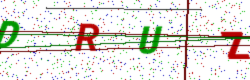
Text: DRUZ